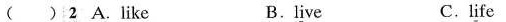
( )2 A. l\underline{i}ke B.l\underline{i}ve C.l\underline{i}fe